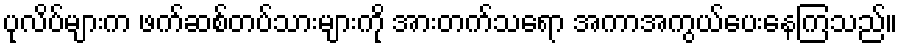
ပုလိပ်များက ဖက်ဆစ်တပ်သားများကို အားတက်သရော အကာအကွယ်ပေးနေကြသည်။